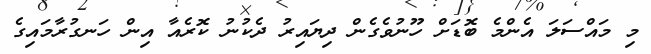
މި މައްސަލަ އެންމެ ބޮޑަށް ހޫނުވެގެން ދިޔައިރު ދެކުނު ކޮރެއާ އިން ހަނގުރާމައިގެ